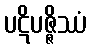
ပဋိပဇ္ဇိဿံ